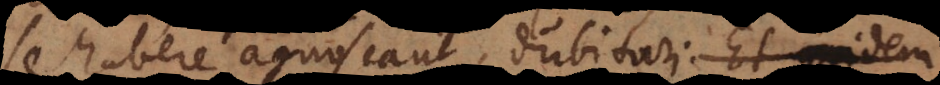
se habere agnoscant, dubitari potest. Omn